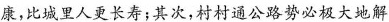
康，比城里人更长寿；其次，村村通公路势必极大地解